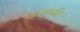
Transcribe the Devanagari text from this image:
कोल्क्कळि